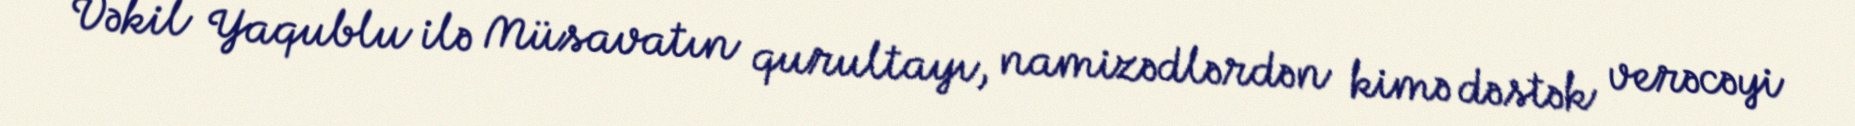
Vəkil Yaqublu ilə Müsavatın qurultayı, namizədlərdən kimə dəstək verəcəyi